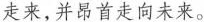
走来，并昂首走向未来。